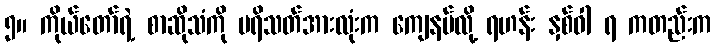
၅။ ကိုယ်တော်ရဲ့ စာဆိုသံကို ပရိသတ်အားလုံးက ကျေနပ်လို့ ရဟန်း နှစ်ဝါ ရ ကတည်းက